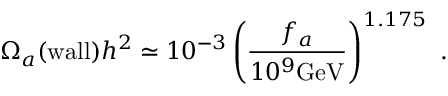
\Omega _ { a } ( \mathrm { w a l l } ) h ^ { 2 } \simeq 1 0 ^ { - 3 } \left( \frac { f _ { a } } { 1 0 ^ { 9 } \mathrm { G e V } } \right) ^ { 1 . 1 7 5 } \ .